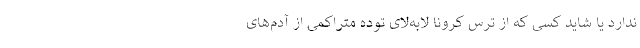
ندارد یا شاید کسی که از ترس کرونا لابه‌‌لای توده متراکمی از آدم‌های